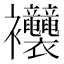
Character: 𧟞